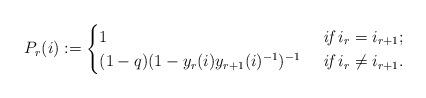
LaTeX: \begin{align*}P_r(i):=\begin{cases}1 &\textit{ if } i_r= i_{r+1};\\(1-q)(1-y_r(i)y_{r+1}(i)^{-1})^{-1} &\textit{ if } i_r\neq i_{r+1}.\end{cases}\end{align*}